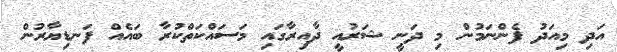
އަދި މިއަދު ފެންނަމުން މި ދަނީ ޝަރުއީ ދާއިރާގައި މަސައްކަތްކުރާ ބައެއް ފަނޑިޔާރުން